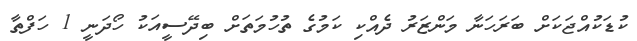
ކުޑަކުއްޖަކަށް ބަރަހަނާ މަންޒަރު ދެއްކި ކަމުގެ ތުހުމަތަށް ބިދޭސީއަކު ހޯދަނީ 1 ހަފްތާ